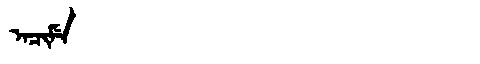
Manchu: ᠠᠴᡳᠮᡝ
Romanization: ACIME